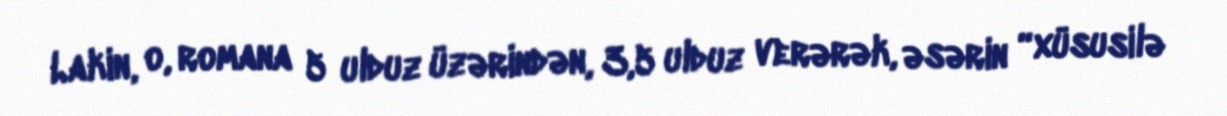
Lakin, o, romana 5 ulduz üzərindən, 3,5 ulduz verərək, əsərin “xüsusilə